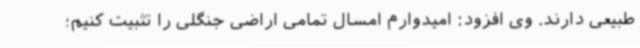
طبیعی دارند. وی افزود: امیدوارم امسال تمامی اراضی جنگلی را تثبیت کنیم؛